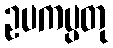
ဥပကပ္ပတု